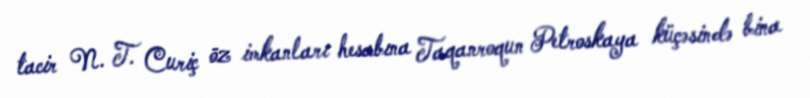
tacir N. T. Curiç öz imkanları hesabına Taqanroqun Petroskaya küçəsində bina